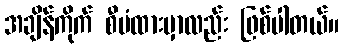
အချိန်ကိုက် စီမံထားမှာလည်း ဖြစ်ပါတယ်။